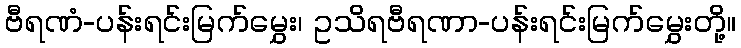
ဗီရဏံ-ပန်းရင်းမြက်မွှေး၊ ဥသိရဗီရဏာ-ပန်းရင်းမြက်မွှေးတို့။